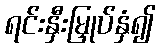
ရင်းနှီးမြှုပ်နှံ၍